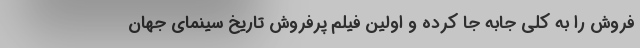
فروش را به کلی جابه جا کرده و اولین فیلم پرفروش تاریخ سینمای جهان